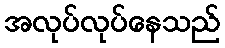
အလုပ်လုပ်နေသည်